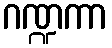
ဂဏ္ဍကာ